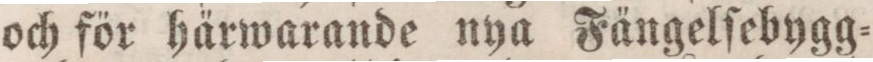
och för härwarande nya Fängelſebygg=